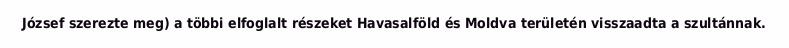
József szerezte meg) a többi elfoglalt részeket Havasalföld és Moldva területén visszaadta a szultánnak.